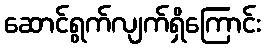
ဆောင်ရွက်လျက်ရှိကြောင်း